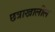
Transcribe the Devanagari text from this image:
छत्राखालील